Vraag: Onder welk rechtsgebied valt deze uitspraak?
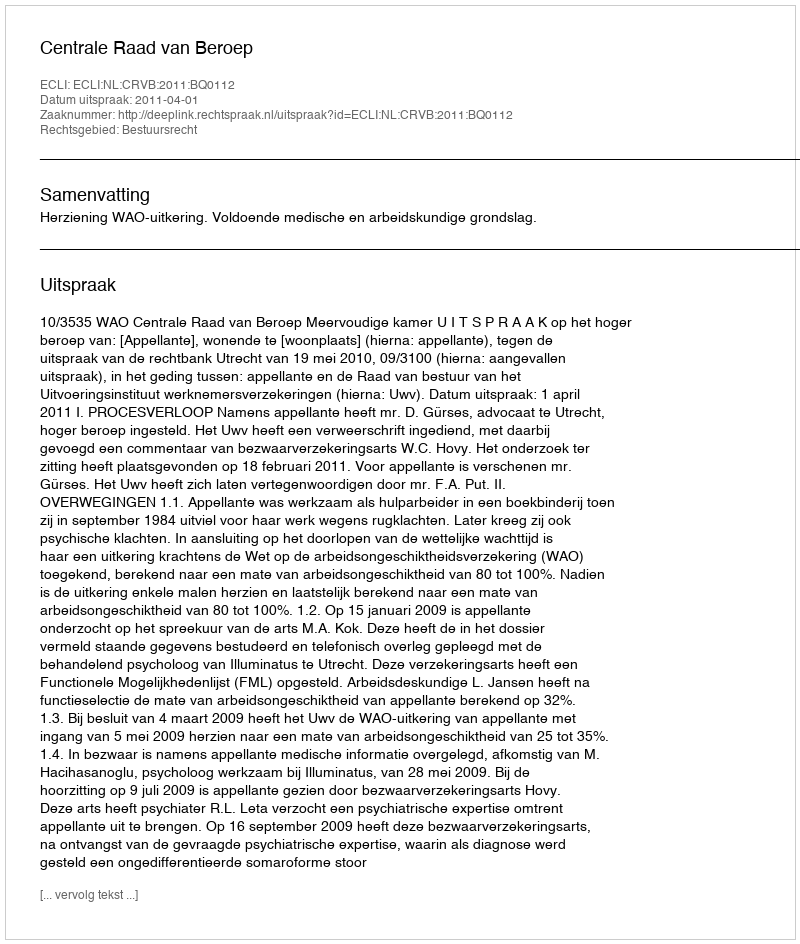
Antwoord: Bestuursrecht